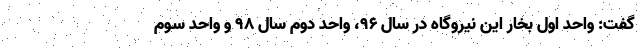
گفت: واحد اول بخار این نیروگاه در سال ۹۶، واحد دوم سال ۹۸ و واحد سوم